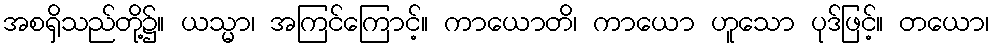
အစရှိသည်တို့၌။ ယသ္မာ၊ အကြင်ကြောင့်။ ကာယောတိ၊ ကာယော ဟူသော ပုဒ်ဖြင့်။ တယော၊